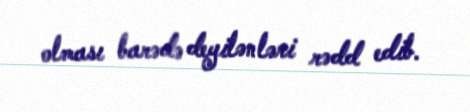
olması barədə deyilənləri rədd edib.